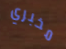
مخبري